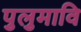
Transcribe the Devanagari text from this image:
पुलुमावि